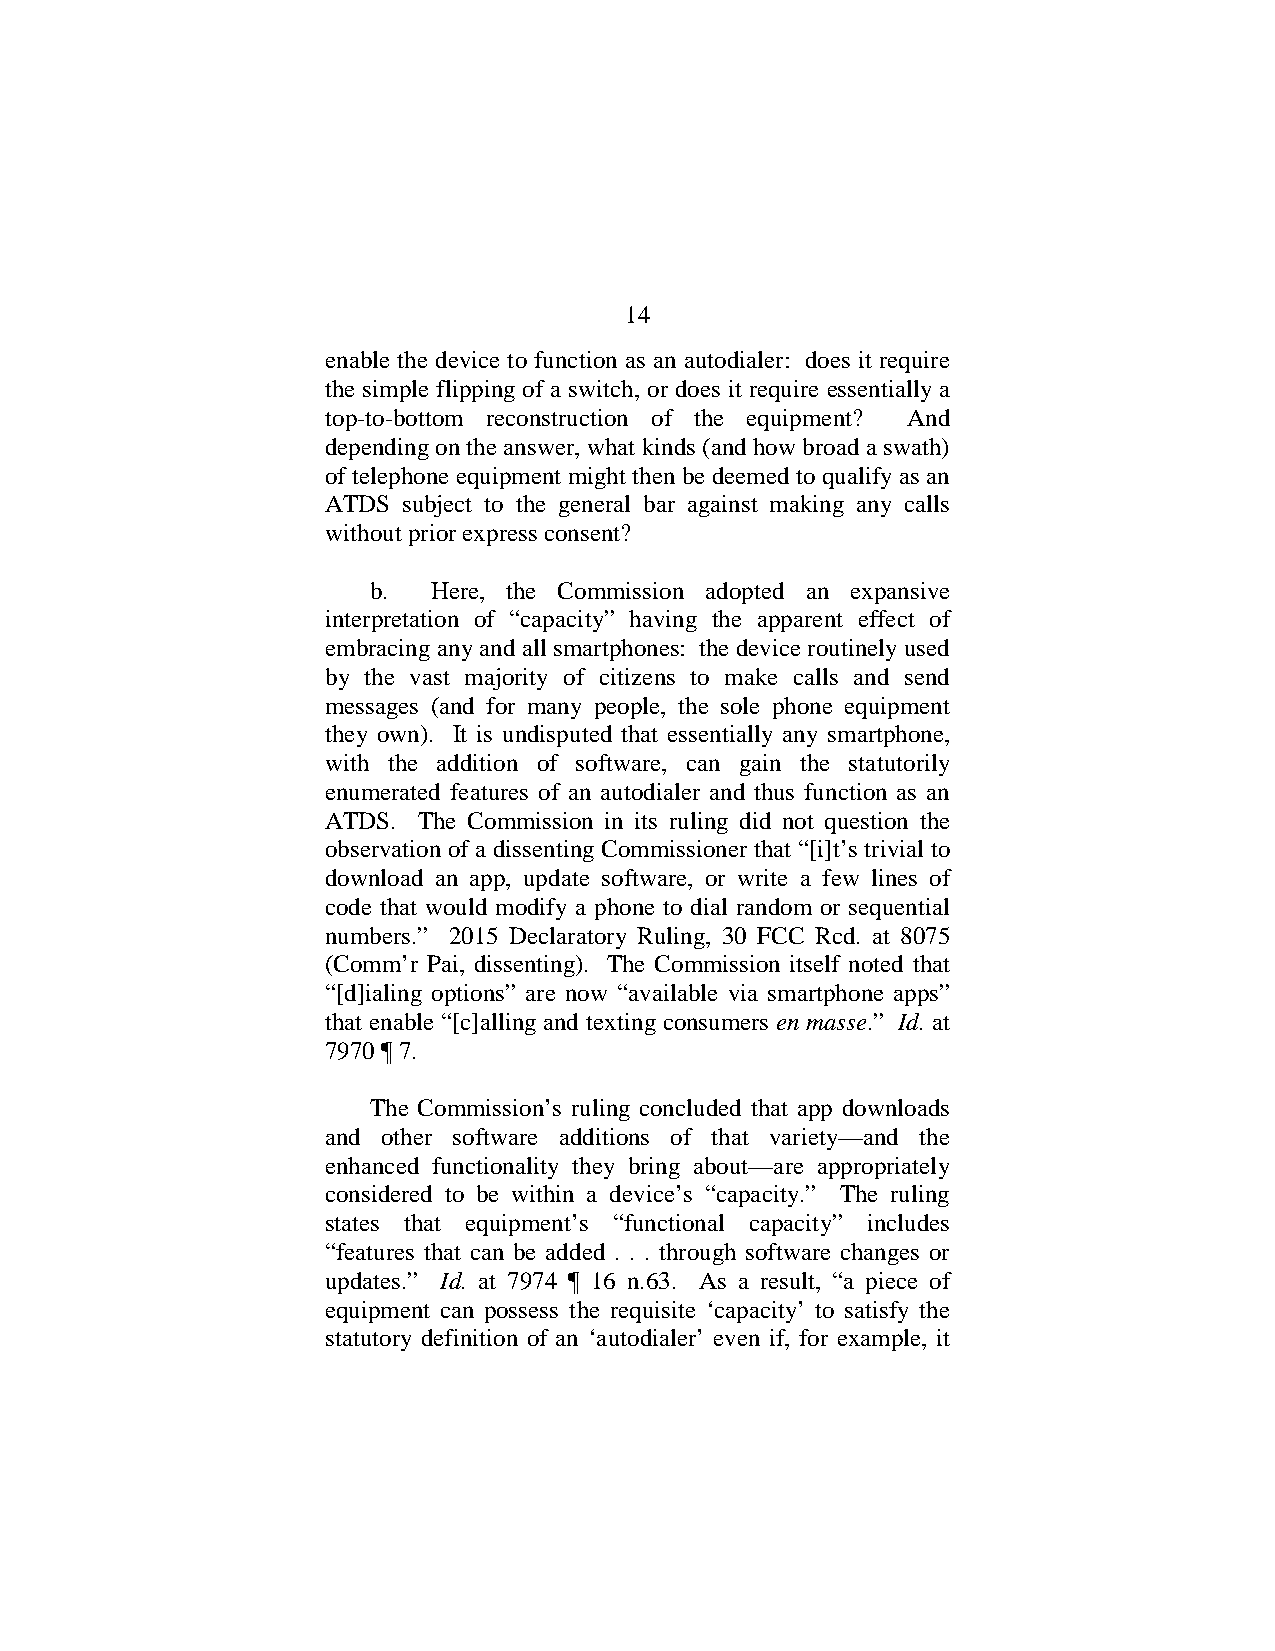
14
 enable the device to function as an autodialer: does it require
 the simple flipping of a switch, or does it require essentially a
 top-to-bottom reconstruction of the equipment? And
 depending on the answer, what kinds (and how broad a swath)
 of telephone equipment might then be deemed to qualify as an
 ATDS subject to the general bar against making any calls
 without prior express consent?
 b.   Here, the Commission adopted an expansive
 interpretation of “capacity” having the apparent effect of
 embracing any and all smartphones: the device routinely used
 by the vast majority of citizens to make calls and send
 messages (and for many people, the sole phone equipment
 they own). It is undisputed that essentially any smartphone,
 with the addition of software, can gain the statutorily
 enumerated features of an autodialer and thus function as an
 ATDS. The Commission in its ruling did not question the
 observation of a dissenting Commissioner that “[i]t’s trivial to
 download an app, update software, or write a few lines of
 code that would modify a phone to dial random or sequential
 numbers.” 2015 Declaratory Ruling, 30 FCC Rcd. at 8075
 (Comm’r Pai, dissenting). The Commission itself noted that
 “[d]ialing options” are now “available via smartphone apps”
 that enable “[c]alling and texting consumers en masse.” Id. at
 7970 ¶ 7.
 The Commission’s ruling concluded that app downloads
 and other software additions of that variety—and the
 enhanced functionality they bring about—are appropriately
 considered to be within a device’s “capacity.” The ruling
 states that equipment’s “functional capacity” includes
 “features that can be added . . . through software changes or
 updates.” Id. at 7974 ¶ 16 n.63. As a result, “a piece of
 equipment can possess the requisite ‘capacity’ to satisfy the
 statutory definition of an ‘autodialer’ even if, for example, it